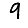
Digit: 9